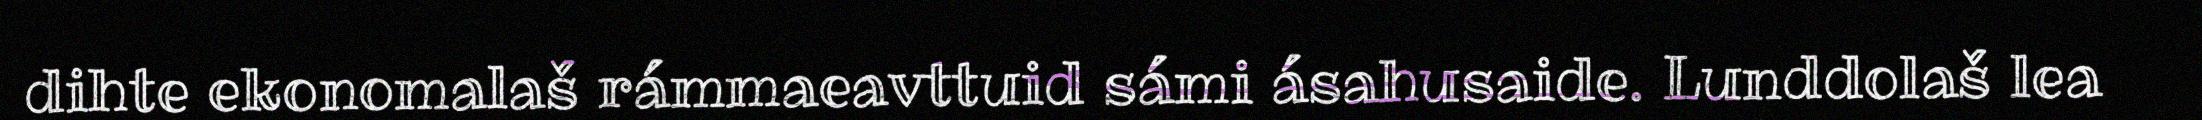
dihte ekonomalaš rámmaeavttuid sámi ásahusaide. Lunddolaš lea